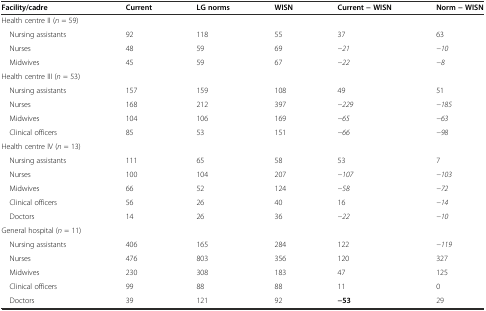
| Facility/cadre | Current | LG norms | WISN | Current − WISN | Norm − WISN |
 | --- | --- | --- | --- | --- | --- |
 | Health centre II (n = 59) |  |  |  |  |  |
 | Nursing assistants | 92 | 118 | 55 | 37 | 63 |
 | Nurses | 48 | 59 | 69 | −21 | −10 |
 | Midwives | 45 | 59 | 67 | −22 | −8 |
 | Health centre III (n = 53) |  |  |  |  |  |
 | Nursing assistants | 157 | 159 | 108 | 49 | 51 |
 | Nurses | 168 | 212 | 397 | −229 | −185 |
 | Midwives | 104 | 106 | 169 | −65 | −63 |
 | Clinical officers | 85 | 53 | 151 | −66 | −98 |
 | Health centre IV (n = 13) |  |  |  |  |  |
 | Nursing assistants | 111 | 65 | 58 | 53 | 7 |
 | Nurses | 100 | 104 | 207 | −107 | −103 |
 | Midwives | 66 | 52 | 124 | −58 | −72 |
 | Clinical officers | 56 | 26 | 40 | 16 | −14 |
 | Doctors | 14 | 26 | 36 | −22 | −10 |
 | General hospital (n = 11) |  |  |  |  |  |
 | Nursing assistants | 406 | 165 | 284 | 122 | −119 |
 | Nurses | 476 | 803 | 356 | 120 | 327 |
 | Midwives | 230 | 308 | 183 | 47 | 125 |
 | Clinical officers | 99 | 88 | 88 | 11 | 0 |
 | Doctors | 39 | 121 | 92 | −53 | 29 |